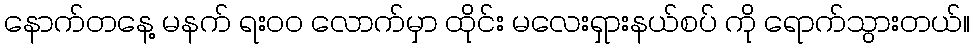
နောက်တနေ့ မနက် ရး၀၀ လောက်မှာ ထိုင်း မလေးရှားနယ်စပ် ကို ရောက်သွားတယ်။